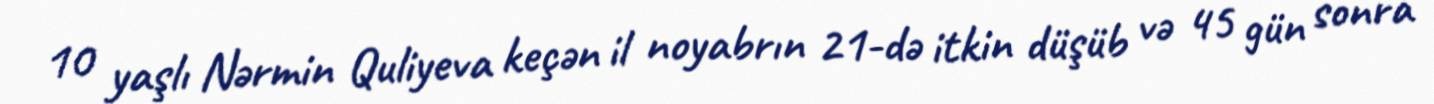
10 yaşlı Nərmin Quliyeva keçən il noyabrın 21-də itkin düşüb və 45 gün sonra